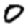
Digit: 0